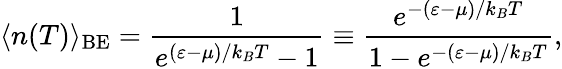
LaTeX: \langle n(T)\rangle_{\mathrm{{BE}}}=\frac{1}{e^{(\varepsilon-\mu)/k_{B}T}-1}\equiv\frac{e^{-(\varepsilon-\mu)/k_{B}T}}{1-e^{-(\varepsilon-\mu)/k_{B}T}},